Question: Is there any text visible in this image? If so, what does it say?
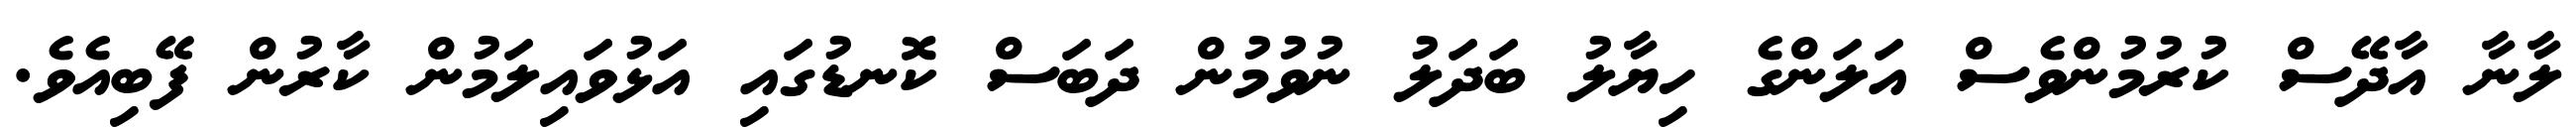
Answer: ލާނާ އާދޭސް ކުރުމުންވެސް އަލަންގެ ހިޔާލު ބަދަލު ނުވުމުން ދަބަސް ކޮނޑުގައި އަޅުވައިލަމުން ކާރުން ފޭބިއެވެ.